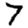
Digit: 7